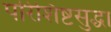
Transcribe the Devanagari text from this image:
परिशिष्टसुद्धा